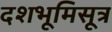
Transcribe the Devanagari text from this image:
दशभूमिसूत्र